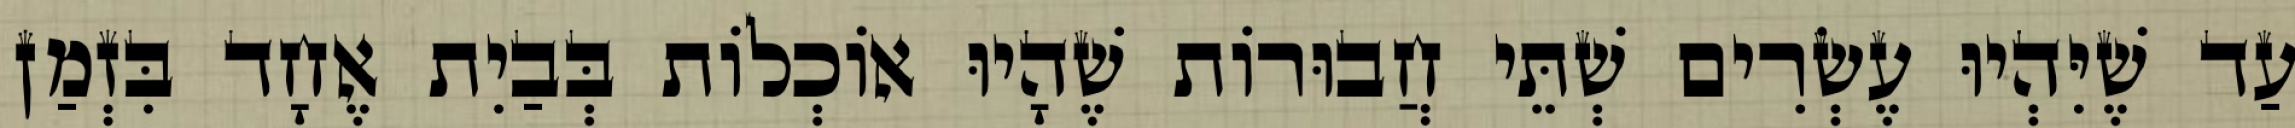
עַד שֶׁיִּהְיוּ עֶשְׂרִים שְׁתֵּי חֲבוּרוֹת שֶׁהָיוּ אוֹכְלוֹת בְּבַיִת אֶחָד בִּזְמַן